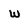
Character: w